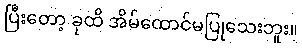
ပြီးတော့ ခုထိ အိမ်ထောင်မပြုသေးဘူး။